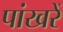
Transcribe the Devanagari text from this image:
पांखरें